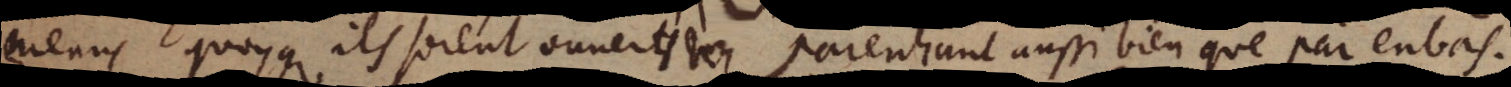
menus quoque ils soient ouuerts par enhaut aussi bien que par enbas.